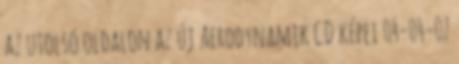
az utolsó oldalon az új Aerodynamik CD képei 04-04-07